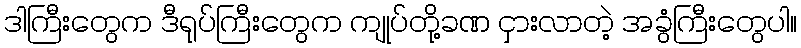
ဒါကြီးတွေက ဒီရုပ်ကြီးတွေက ကျုပ်တို့ခဏ ငှားလာတဲ့ အခွံကြီးတွေပါ။